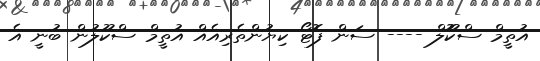
އުތީމް ސްކޫޮލް ---- ސަން ފޮޓޯ ކިޔުންތެރިއެއް އުތީމް ސްކޫލުން ބުނީ އެ